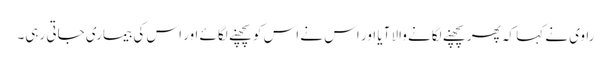
راوی نے کہا کہ پھر پچھنے لگانے والا آیا اور اس نے اس کو پچھنے لگائے اور اس کی بیماری جاتی رہی۔